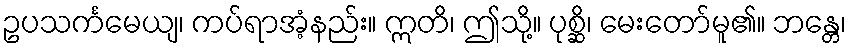
ဥပသင်္ကမေယျ၊ ကပ်ရာအံ့နည်း။ ဣတိ၊ ဤသို့။ ပုစ္ဆိ၊ မေးတော်မူ၏။ ဘန္တေ၊